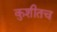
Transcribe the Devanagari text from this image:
कुशीतच